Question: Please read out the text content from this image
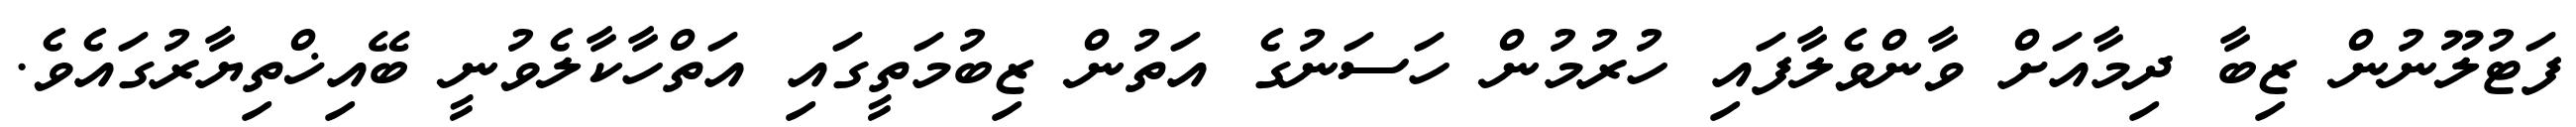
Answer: ފަޓުލޫނުން ޒިބާ ދިމާއަށް ވާންވެލާފައި ހުރުމުން ހަސަނުގެ އަތުން ޒިބުމަތީގައި އަތްހާކާލެވުނީ ބޭއިޚްތިޔާރުގައެވެ.